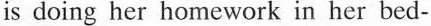
is doing her homework in her bed-